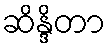
ဆိန္ဒိတာ